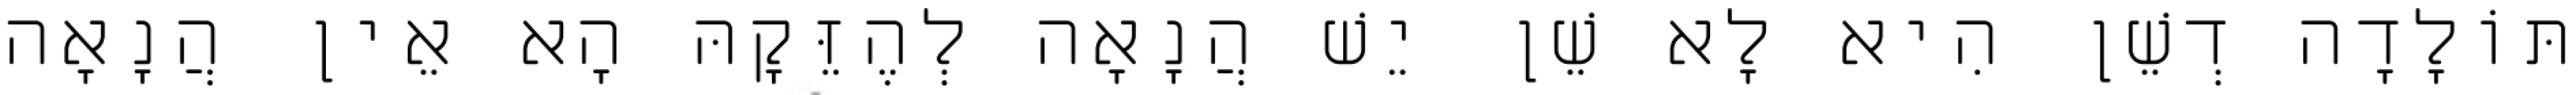
תּוֹלָדָה דְשֵׁן הִיא לָא שֵׁן יֵשׁ הֲנָאָה לְהֶזֵּקָהּ הָא אֵין הֲנָאָה